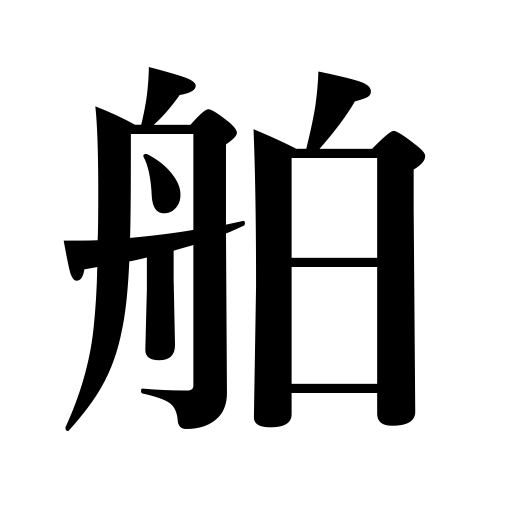
Meanings: ship